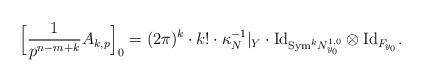
LaTeX: \begin{align*}\Big[ \frac{1}{p^{n -m + k}} A_{k, p} \Big]_0 =(2 \pi)^k \cdot k! \cdot \kappa_N^{-1}|_Y \cdot {\rm{Id}}_{{\rm{Sym}}^k N^{1, 0}_{y_0}} \otimes {\rm{Id}}_{F_{y_0}}.\end{align*}